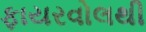
ફાયરવોલથી